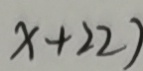
x + 2 2 )